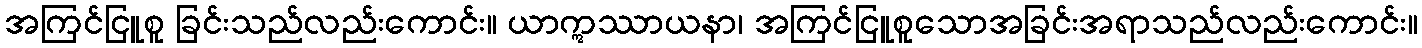
အကြင်ငြူစူ ခြင်းသည်လည်းကောင်း။ ယာဣဿာယနာ၊ အကြင်ငြူစူသောအခြင်းအရာသည်လည်းကောင်း။